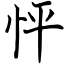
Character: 怦